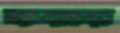
স্কয়ার